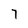
Character: 7